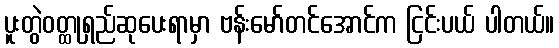
ပူးတွဲဝတ္ထုရှည်ဆုပေးရာမှာ ဗန်းမော်တင်အောင်က ငြင်းပယ် ပါတယ်။